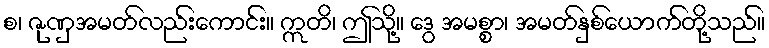
စ၊ ဇုဏှအမတ်လည်းကောင်း။ ဣတိ၊ ဤသို့။ ဒွေ အမစ္စာ၊ အမတ်နှစ်ယောက်တို့သည်။